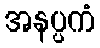
အနပ္ပကံ